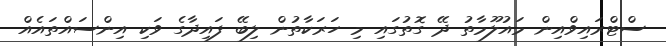
ސްޓްރައިވްއިން މައުލޫމާތު ދޭ ގޮތުގައި މި ހަރަކާތުން ލިބޭ ފައިދާގެ ވަކި އިންސައްތައެއް